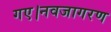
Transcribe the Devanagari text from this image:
गए।नवजागरण